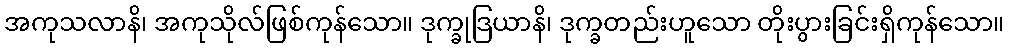
အကုသလာနိ၊ အကုသိုလ်ဖြစ်ကုန်သော။ ဒုက္ခုဒြယာနိ၊ ဒုက္ခတည်းဟူသော တိုးပွားခြင်းရှိကုန်သော။